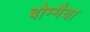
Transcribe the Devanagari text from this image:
बोम्मैया